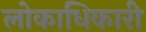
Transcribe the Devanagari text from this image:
लोकाधिकारी